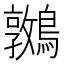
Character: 𪆝